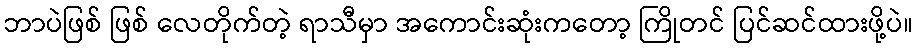
ဘာပဲဖြစ် ဖြစ် လေတိုက်တဲ့ ရာသီမှာ အကောင်းဆုံးကတော့ ကြိုတင် ပြင်ဆင်ထားဖို့ပဲ။